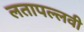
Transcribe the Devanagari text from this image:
लतापल्लवी